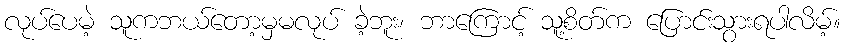
လုပ်ပေမဲ့ သူကဘယ်တော့မှမလုပ် ခဲ့ဘူး၊ ဘာကြောင့် သူ့စိတ်က ပြောင်းသွားရပါလိမ့်။